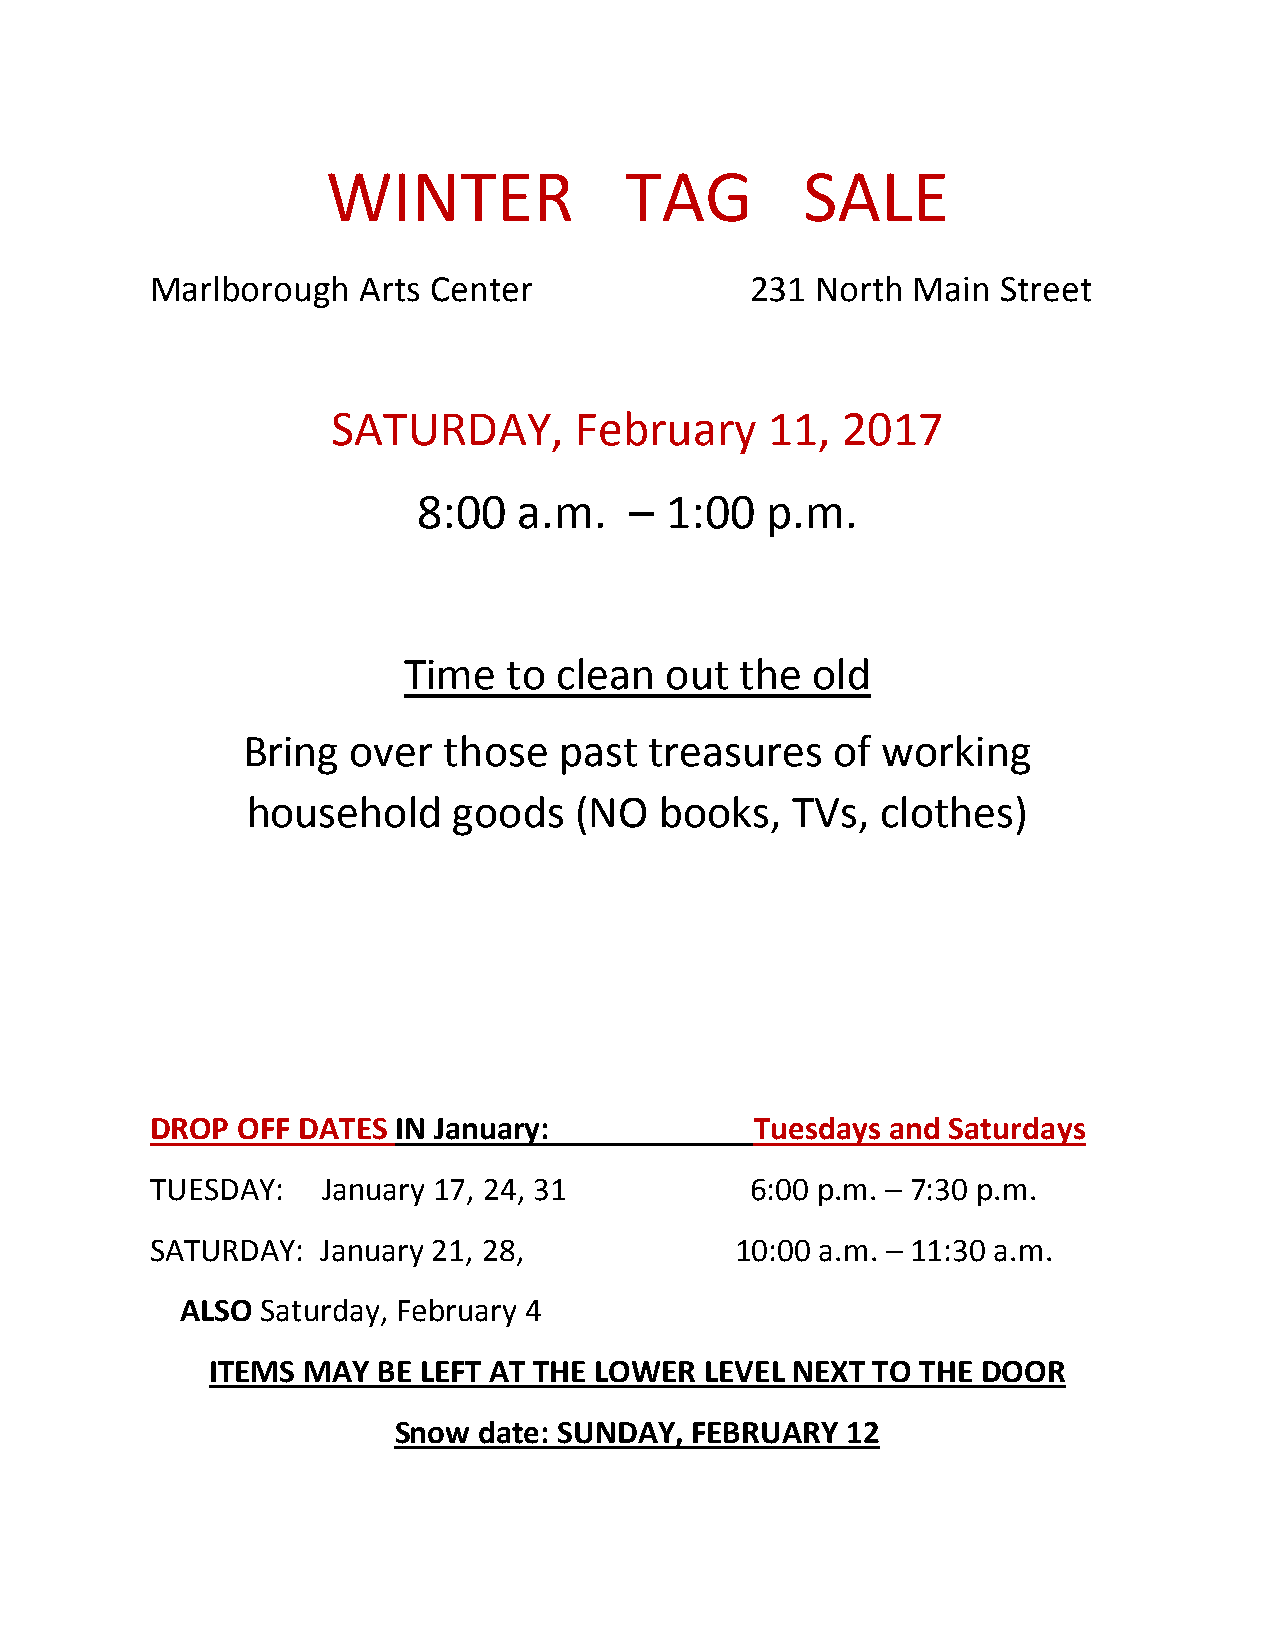
WINTER             TAG         SALE
 Marlborough   Arts Center               231 North Main  Street
 SATURDAY,       February     11,  2017
 8:00  a.m.    – 1:00   p.m.
 Time   to clean  out  the  old
 Bring  over  those   past  treasures   of working
 household     goods   (NO   books,  TVs,  clothes)
 DROP  OFF DATES IN January:             Tuesdays and Saturdays
 TUESDAY:   January 17, 24, 31           6:00 p.m. – 7:30 p.m.
 SATURDAY:  January 21, 28,             10:00 a.m. – 11:30 a.m.
 ALSO Saturday, February 4
 ITEMS MAY  BE LEFT AT THE LOWER  LEVEL NEXT TO THE DOOR
 Snow  date: SUNDAY, FEBRUARY  12